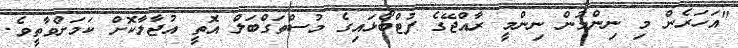
"އަހަރެން މި ނިންމުން ނިންމީ ރާއްޖޭގެ ފުޓްބޯޅައިގެ މުސްތަގްބަލް އޮތީ އުޖާލާކޮށް ކަމަށްވާތީވެ.